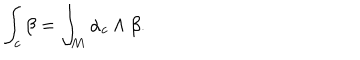
\int _ { c } \beta = \int _ { M } \alpha _ { c } \wedge \beta .